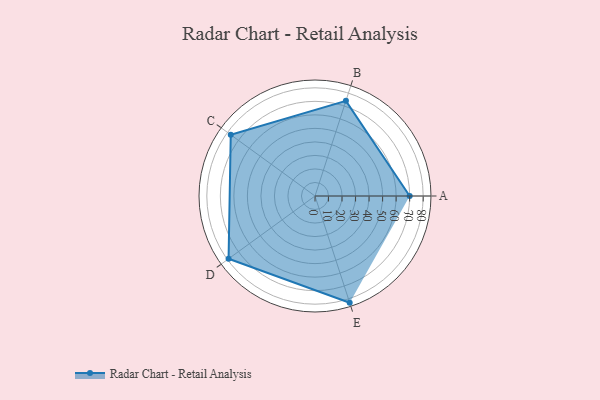
{"axis": {"x": "Skill", "y": "Score"}, "legend": ["Profile"], "data": [{"x": "A", "y": 70.0, "type": "Profile"}, {"x": "B", "y": 74.0, "type": "Profile"}, {"x": "C", "y": 77.0, "type": "Profile"}, {"x": "D", "y": 79.0, "type": "Profile"}, {"x": "E", "y": 83.0, "type": "Profile"}]}